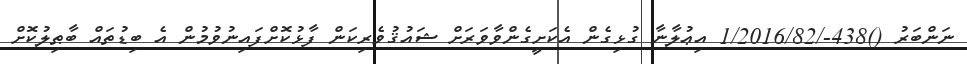
ނަންބަރު ()438-/1/2016/82 އިޢުލާނާ ގުޅިގެން އެކަށީގެންވާވަރަށް ޝައުޤުވެރިކަން ފާޅުކޮށްފައިނުވުމުން އެ ބިޑުތައް ބާޠިލުކޮށް